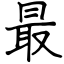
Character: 最